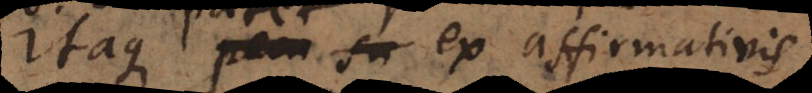
Itaque patet ex affirmativis